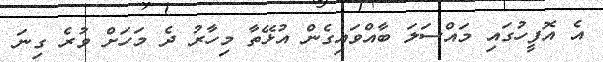
އެ އޮފީހުގައި މައްސަލަ ބާއްވައިގެން އުޅޭތާ މިހާރު ދެ މަހަށް ވުރެ ގިނަ